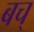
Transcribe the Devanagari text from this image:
बच्